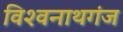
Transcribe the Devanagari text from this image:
विश्‍वनाथगंज